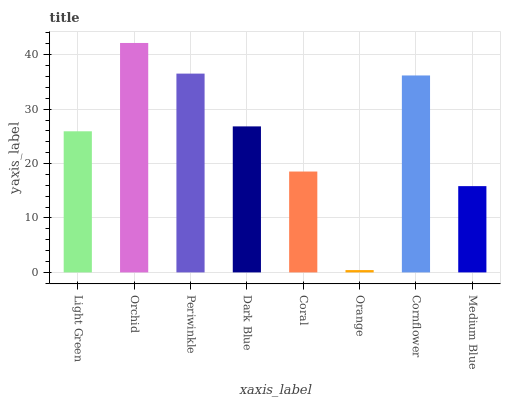
| xaxis_label | bars |
 | --- | --- |
 | Light Green | 25.9 |
 | Orchid | 42.2 |
 | Periwinkle | 36.5 |
 | Dark Blue | 26.8 |
 | Coral | 18.5 |
 | Orange | 0.424 |
 | Cornflower | 36.2 |
 | Medium Blue | 15.9 |